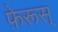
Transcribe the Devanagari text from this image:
फ़ेरूस्